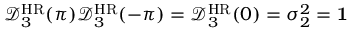
\mathcal { D } _ { 3 } ^ { \mathrm { H R } } ( \pi ) \mathcal { D } _ { 3 } ^ { \mathrm { H R } } ( - \pi ) = \mathcal { D } _ { 3 } ^ { \mathrm { H R } } ( 0 ) = \sigma _ { 2 } ^ { 2 } = { \bf 1 }